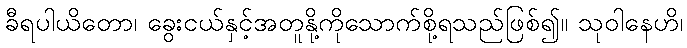
ခီရပါယိတော၊ ခွေးငယ်နှင့်အတူနို့ကိုသောက်စို့ရသည်ဖြစ်၍။ သုဝါနေဟိ၊